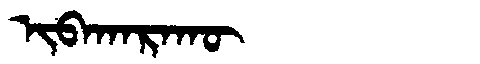
Manchu: ᡳᠪᠠᡴᠠᡵᠠᡴᡡ
Romanization: IBAKARAKŪ